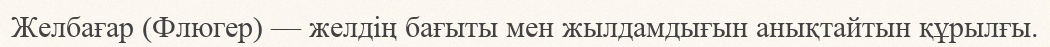
Желбағар (Флюгер) — желдің бағыты мен жылдамдығын анықтайтын құрылғы.